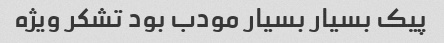
پیک بسیار بسیار مودب بود تشکر ویژه